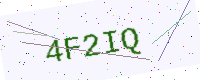
Text: 4F2IQ